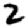
Digit: 2